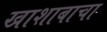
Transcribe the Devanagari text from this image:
खाशाबाचा